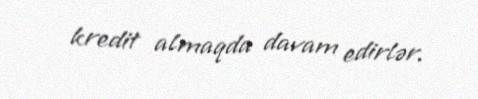
kredit almaqda davam edirlər.